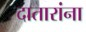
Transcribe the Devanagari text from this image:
दातारांना